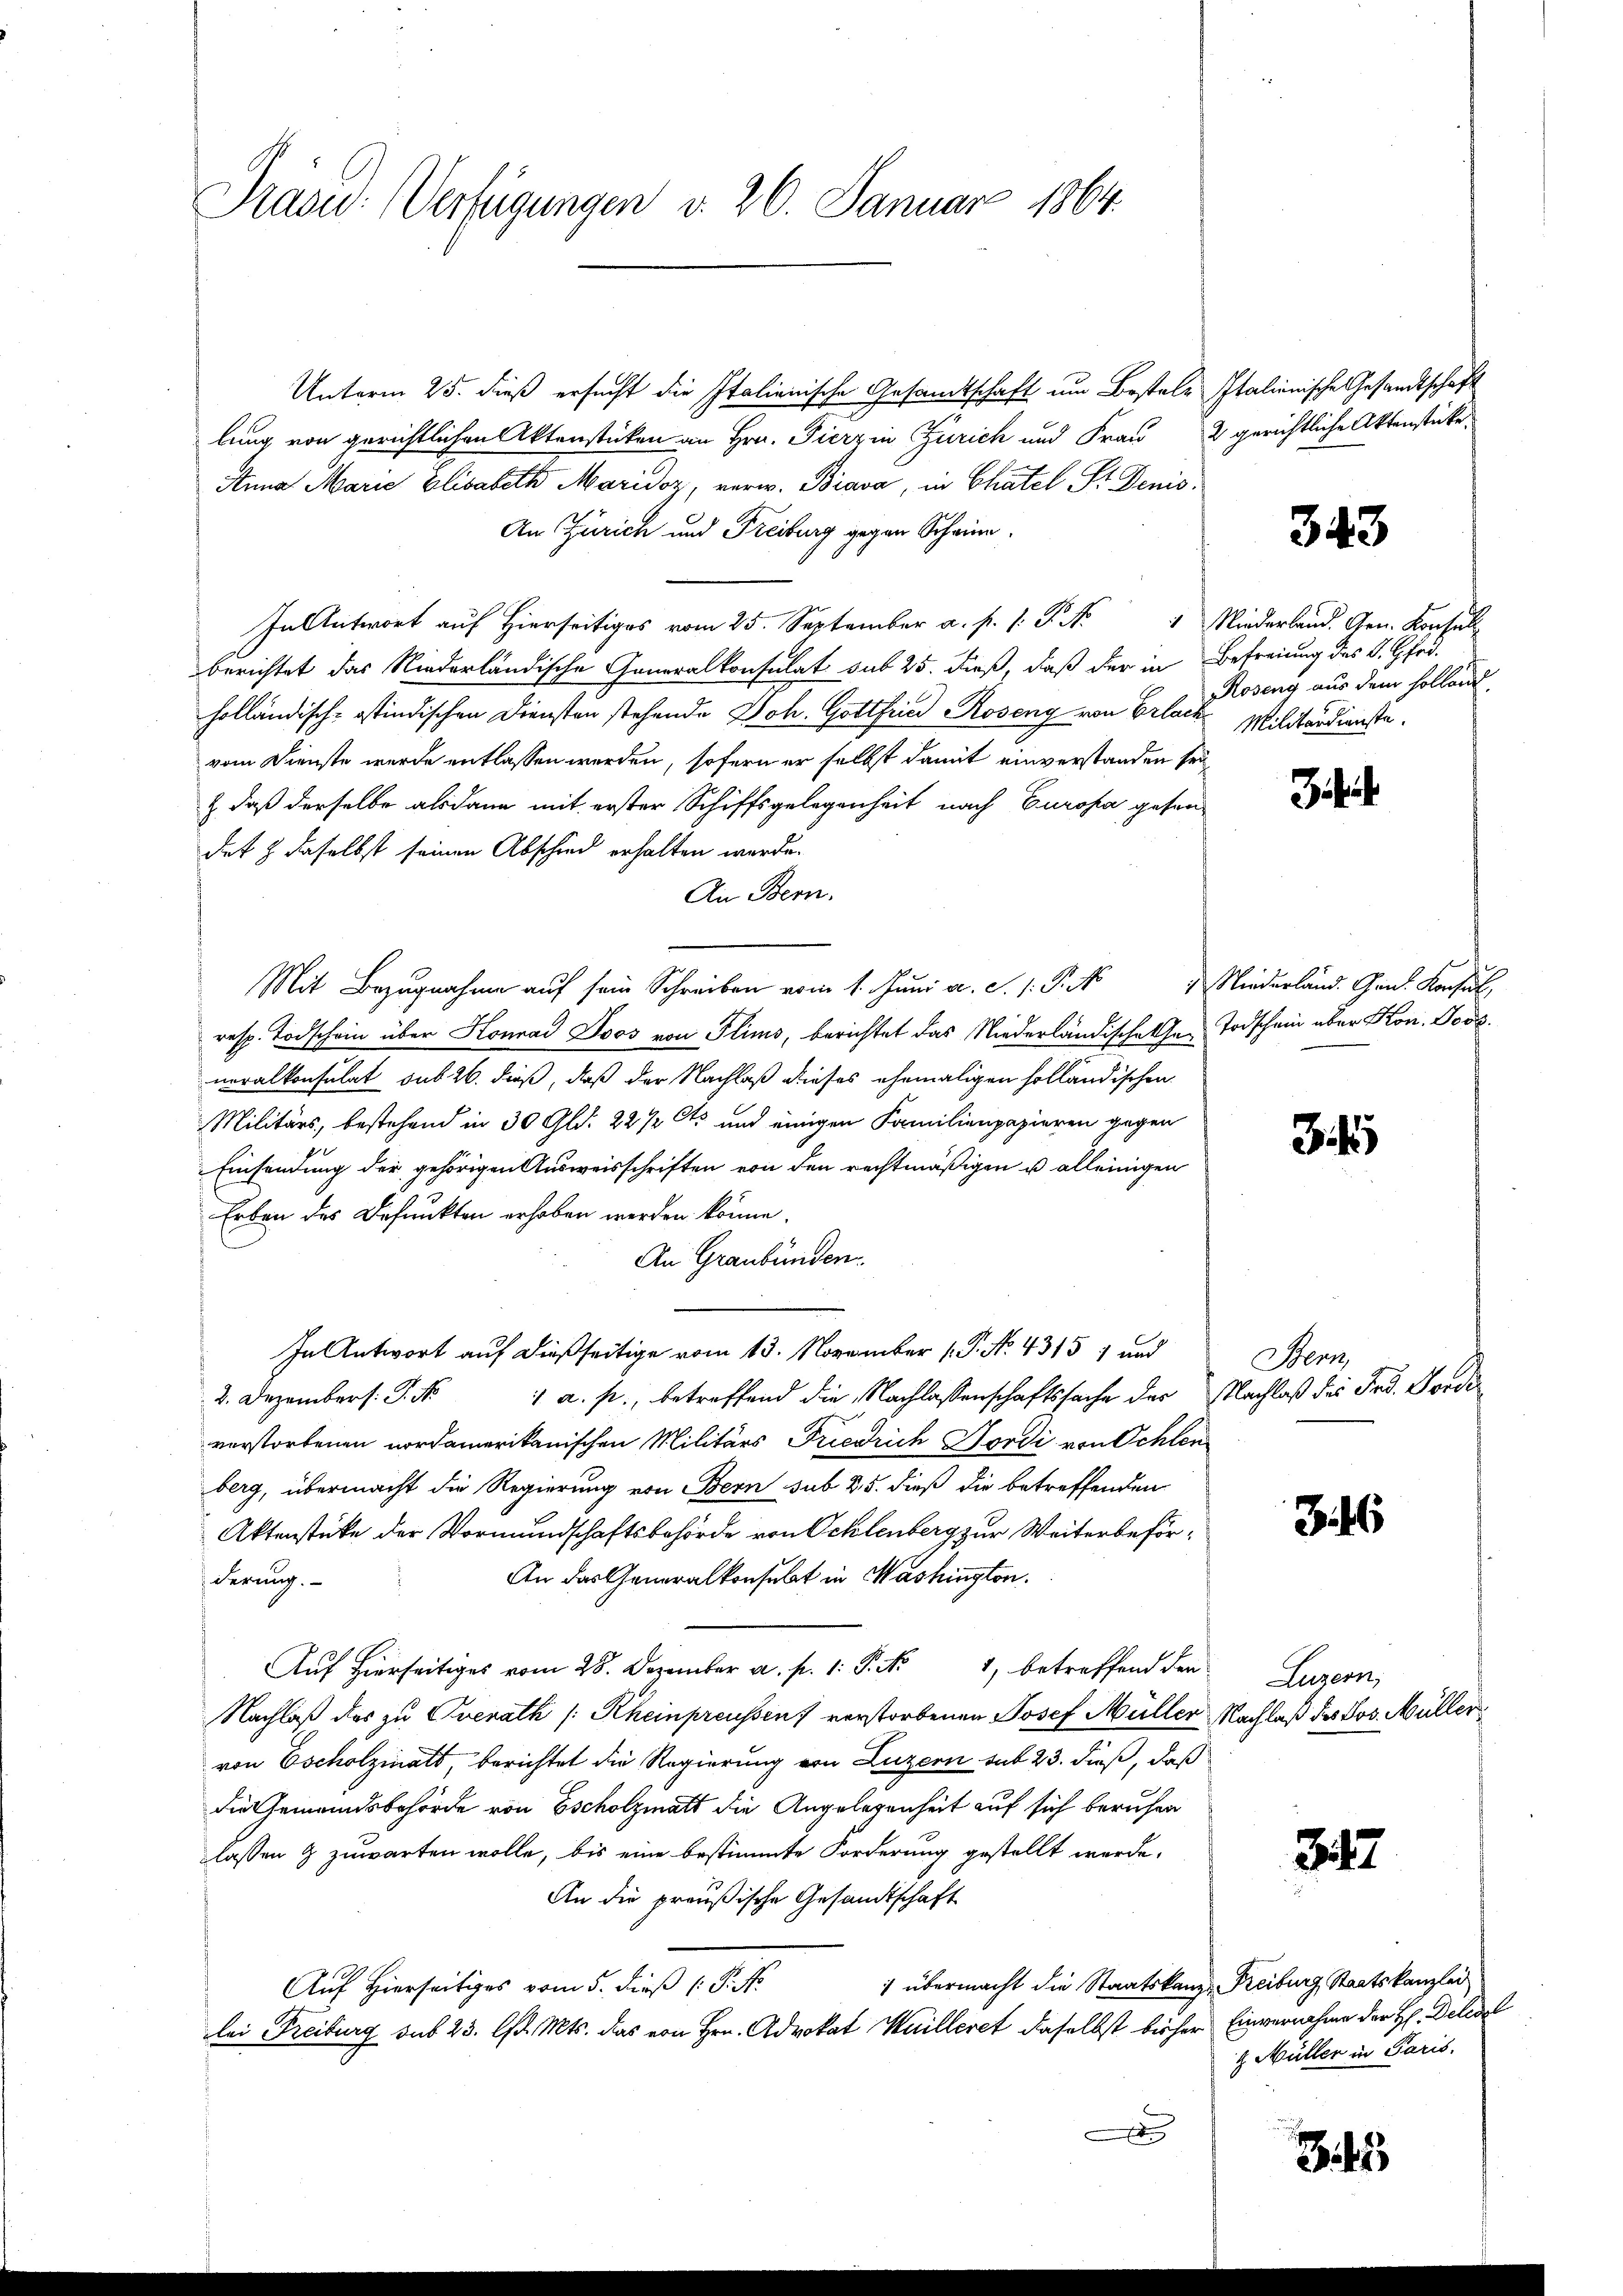
Präsid. Verfügungen d. 26. Januar 1864.

Unterm 25. dieß ersucht die Italienische Gesandtschaft um Bestale Italienische Gesandtschaft
lung von gerichtlichen Aktenstücken an Hrn. Fierzin Zürich und Frau 2 gerichtliche Aktenstücke,
Anna Marie Elisabeth Maridor, verw. Biava, in Chatel Sr. Denis
An Zürich und Freiburg gegen Schrie¬
Antwort auf hierseitig vom 25. September a. p. P. Nr. 4 Niederland. Gen. Konsull
berichtet das Niederländische Generalkonsulat sub 25. dieß, daß der in Befreiung des K. Gfod.
holländisch-stindischen Diensten stehende Joh. Gottfried Roseng von Erlache Militärdienste.
vom Dienste wurde entlassen werden, sofern er selbst damit einverstanden sei
& daß derselbe alsdann mit erster Schiffsgelegenheit nach Europa gehen
det & daselbst seinen Abschied erhalten werde.
An Bern.
Mit Bezug auf sein Schreiben vom 1. Juni a. S. 1. P. Niederländ. Gen. Konsul,
resp. Todschein über Konrad Doos von Flims, berichtet das Niederländische her Todschein aber Kon. Jose
neralkonsulat sub 26. dieß, daß der Nachlaß dieses ehemaligen solländischen
Militärs, bestehend in 30 Gld. 22/2 Cts und einigen Familienpapieren gegen
Einsendung der gehörigen Ausweisschriften von den rechtmäßigen u alleinigen
Erben des Defunkten erhoben werden könne.
An Graubünden
In Antwort auf dießseitige vom 13. November (T. No. 4315 1 und
2. Dezember. P. Nr. 1 a. p., betreffend die Nachlassenschaftssache der Nachlaß des Frd. Fordeverstorbenen nordamerikanischen Militärs Friedrich Gordi von Schlen
berg, übermacht die Regierung von Bern sub 25. dieß die betreffenden
Aktenstüke der Vormundschaftsbehörde von Ocklenberg zur Weiterbeför¬
An das Generalkonsulat in Washington.
derung.
Auf hierseitiges vom 28. Dezember a. p. 1. P. Nr 1, betreffend den
Nachlaß das zu Oberath (Rheinpreussen verstorbenen Josef Müller Nachlaß des Jos. Müller
von Escholzinals, berichtet die Regierung von Luzern sub 23. dieß, daß
die Gemeindsbehörde von Escholzmatt die Angelegenheit auf sich beruhen
lassen 9 zuwarten wolle, bis eine bestimmte Forderung gestellt werde.
An die preußische Gesandtschaft
1 übermacht die Staatskanz Freiburg Staatskanzlei
Auf Hierseitiges vom 5. dieß (: P. Nr.
lei Freiburg sub 23. lfd. Mts. das von Hrn. Advokat Huilleret daselbst bisher Einvernahme der H. Delegel
.

343

Roseng aus dem Holland.

J

Bern,

3

Luzern,

312

z Müller in Paris.

S.45